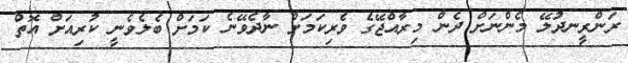
ރަންރީނދުލޭ މެންނަށް ދެން މިރާއްޖޭގެ ވެރިކަމަށް ނާދެވޭނެ ކަމަށް ބެލެވެނީ ކުރިއަށް އޮތް